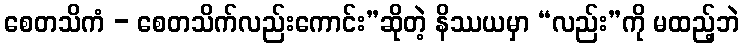
စေတသိကံ - စေတသိက်လည်းကောင်း”ဆိုတဲ့ နိဿယမှာ “လည်း”ကို မထည့်ဘဲ